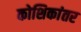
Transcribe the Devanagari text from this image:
कोशिकांतर